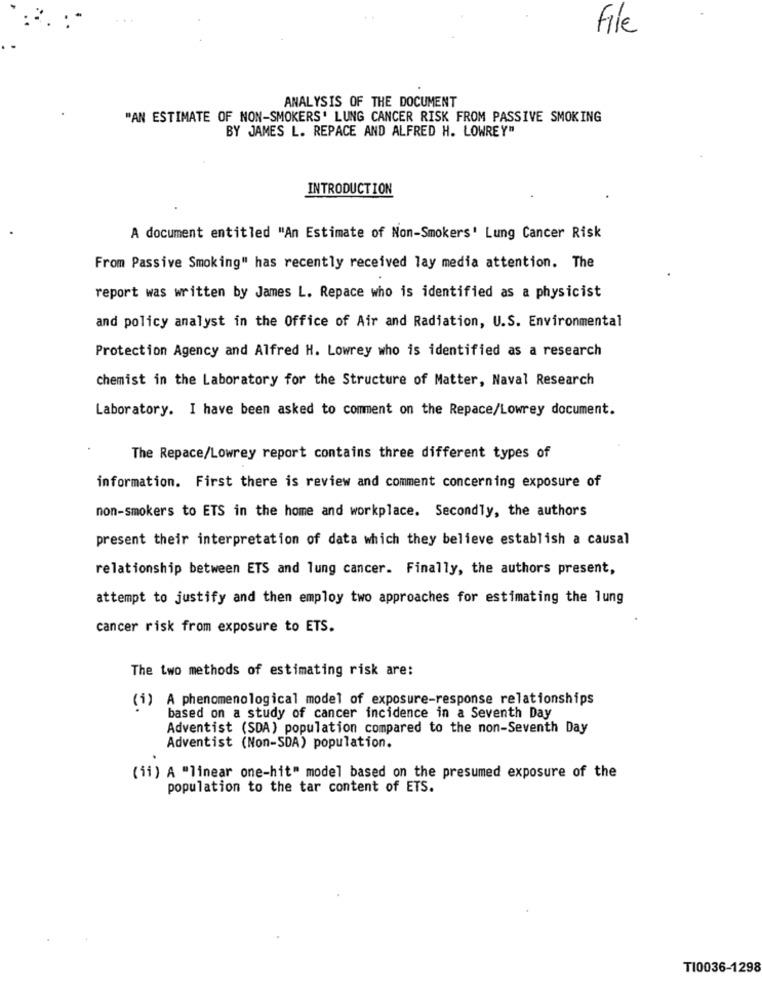
File
ANALYSIS OF THE DOCUMENT
"AN ESTIMATE OF NON-SMOKERS' LUNG CANCER RISK FROM PASSIVE SMOKING
BY JAMES L. REPACE AND ALFRED H. LOWREY"
INTRODUCTION
A document entitled "An Estimate of Non-Smokers' Lung Cancer Risk
From Passive Smoking" has recently received lay media attention. The
report was written by James L. Repace who is identified as a physicist
and policy analyst in the Office of Air and Radiation, U.S. Environmental
Protection Agency and Alfred H. Lowrey who is identified as a research
chemist in the Laboratory for the Structure of Matter, Naval Research
Laboratory. I have been asked to comment on the Repace/Lowrey document.
The Repace/Lowrey report contains three different types of
information. First there is review and comment concerning exposure of
non-smokers to ETS in the home and workplace. Secondly, the authors
present their interpretation of data which they believe establish a causal
relationship between ETS and lung cancer. Finally, the authors present,
attempt to justify and then employ two approaches for estimating the lung
cancer risk from exposure to ETS.
The two methods of estimating risk are:
(i) A phenomenological model of exposure-response relationships
based on a study of cancer incidence in a Seventh Day
Adventist (SDA) population compared to the non-Seventh Day
Adventist (Non-SDA) population.
(ii) A "linear one-hit" model based on the presumed exposure of the
population to the tar content of ETS.
TI0036-1298